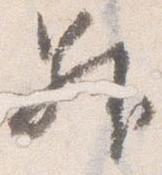
昇